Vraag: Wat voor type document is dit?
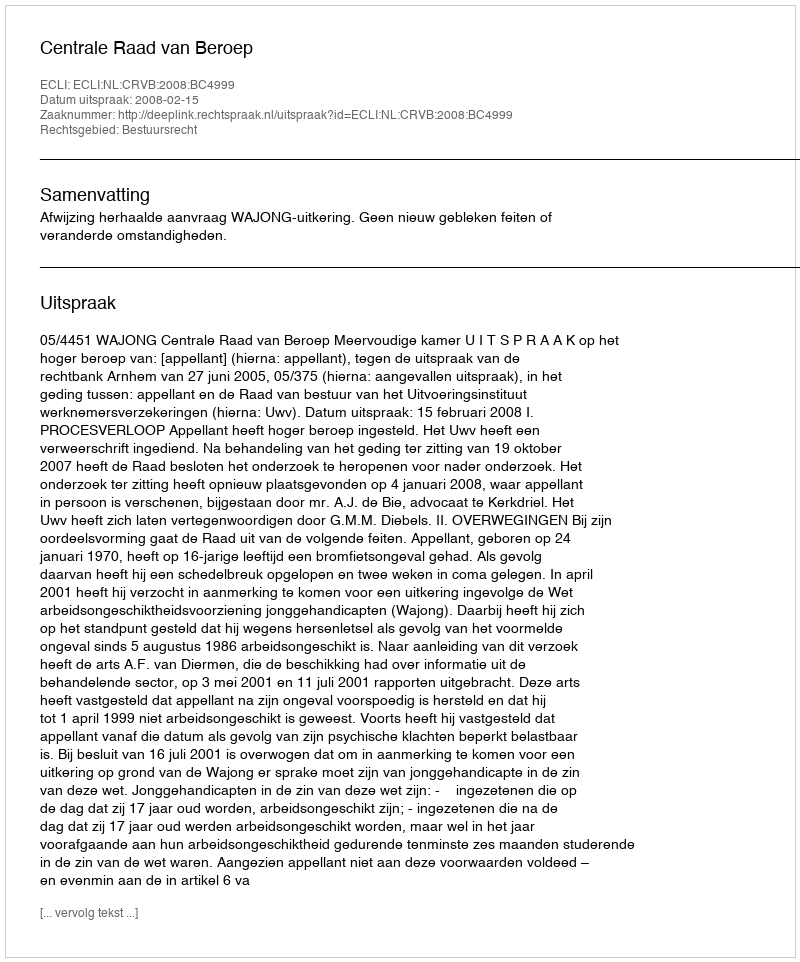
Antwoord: Uitspraak